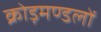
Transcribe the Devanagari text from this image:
क्रोड़मण्डलों